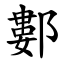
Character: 䣚